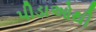
પીડાઓથી